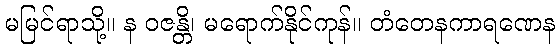
မမြင်ရာသို့။ န ဝဇန္တိ၊ မရောက်နိုင်ကုန်။ တံတေနကာရဏေန